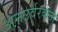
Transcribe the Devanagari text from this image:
अनउर्वरकता